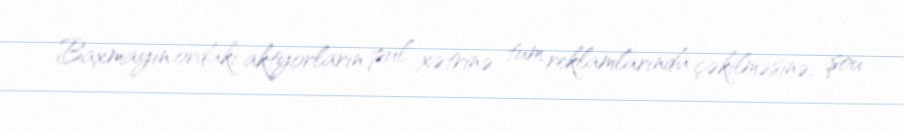
Baxmayın ordakı aktyorların pul xətrinə tum reklamlarında çəkilməsinə, şou